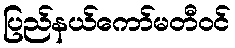
ပြည်နယ်ကော်မတီဝင်